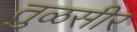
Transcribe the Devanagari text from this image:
तुळसीर